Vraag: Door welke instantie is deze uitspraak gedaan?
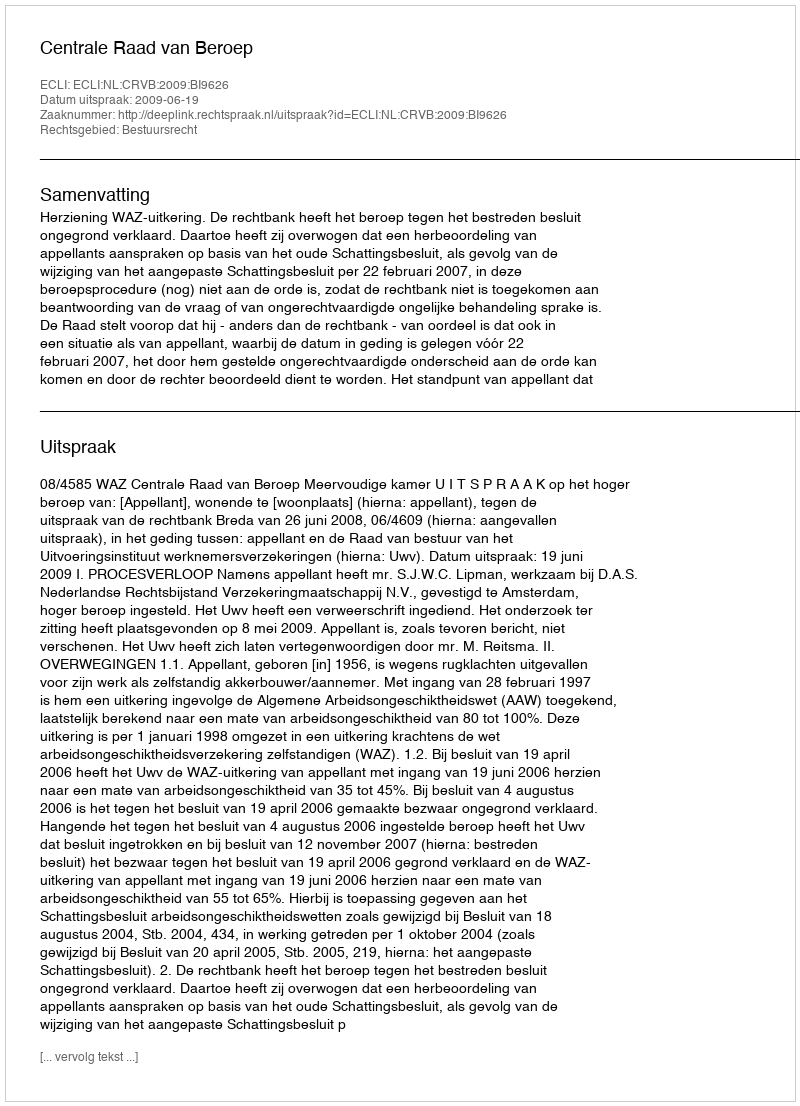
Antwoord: Centrale Raad van Beroep